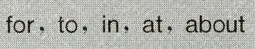
for,to,in,at,about